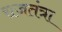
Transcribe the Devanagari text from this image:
राजतंत्रा